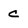
Character: C